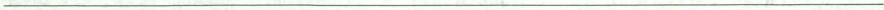
___